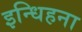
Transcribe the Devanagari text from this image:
इन्धिहना